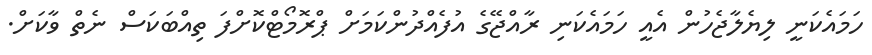
ހަމައެކަނީ ލިޔެލާޖެހުން އެއީ ހަމައެކަނި ރާއްޖޭގެ އުފެއްދުންކަމަށް ޕްރޮމޯޓްކޮށްފަ ތިއްބަކަސް ނެތް ވާކަށް.